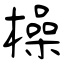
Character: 橾